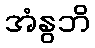
အံနွဘိ